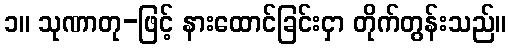
၁။ သုဏာတု-ဖြင့် နားထောင်ခြင်းငှာ တိုက်တွန်းသည်။